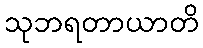
သုဘရတာယာတိ